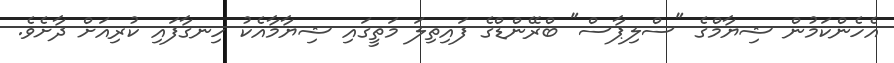
އެހެންކަމުން ޝިޔާމްގެ "ސްލިޕާސް" ބްރޭންޑްގެ ފައިތިލަ މަތީގައި ޝިޔާމާއެކު ހިނގާފައި ކުރިއަށް ދާށެވެ.